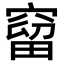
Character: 𥧥